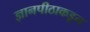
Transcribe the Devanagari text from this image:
ज्ञानपीठाकडून